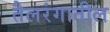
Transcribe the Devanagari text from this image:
तैलरंगातील